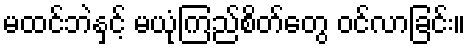
မထင်ဘဲနှင့် မယုံကြည်စိတ်တွေ ဝင်လာခြင်း။